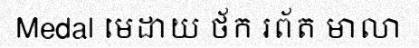
Medal មេដាយ ថ័ក រព័ត មាលា